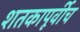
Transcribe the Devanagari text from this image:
शतकापूर्वीच